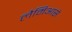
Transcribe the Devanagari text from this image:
लैमिआसे